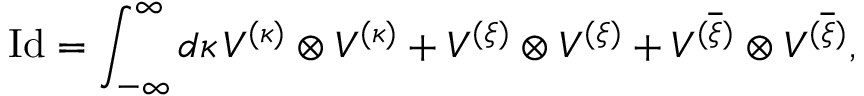
\mathrm { I d } = \int _ { - \infty } ^ { \infty } d \kappa \, V ^ { ( \kappa ) } \otimes V ^ { ( \kappa ) } + V ^ { ( \xi ) } \otimes V ^ { ( \xi ) } + V ^ { ( \overline { { { \xi } } } ) } \otimes V ^ { ( \overline { { { \xi } } } ) } ,